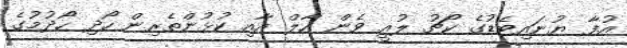
އުފާ ޔުނައިޓެޑުގެ ކޯޗު ލުއީ ވެން ހާލް އާއި ކުޅުންތެރިން ހޯދި ހޯދުމުގެ